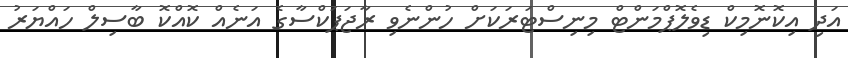
އަދި އިކޮނޮމިކް ޑިވެލޮޕްމަންޓް މިނިސްޓަރަކަށް ހުންނެވި ރާޖަޕަކްސާގެ އަނެެއް ކޮއްކޮ ބާސިލް ހައްޔަރު